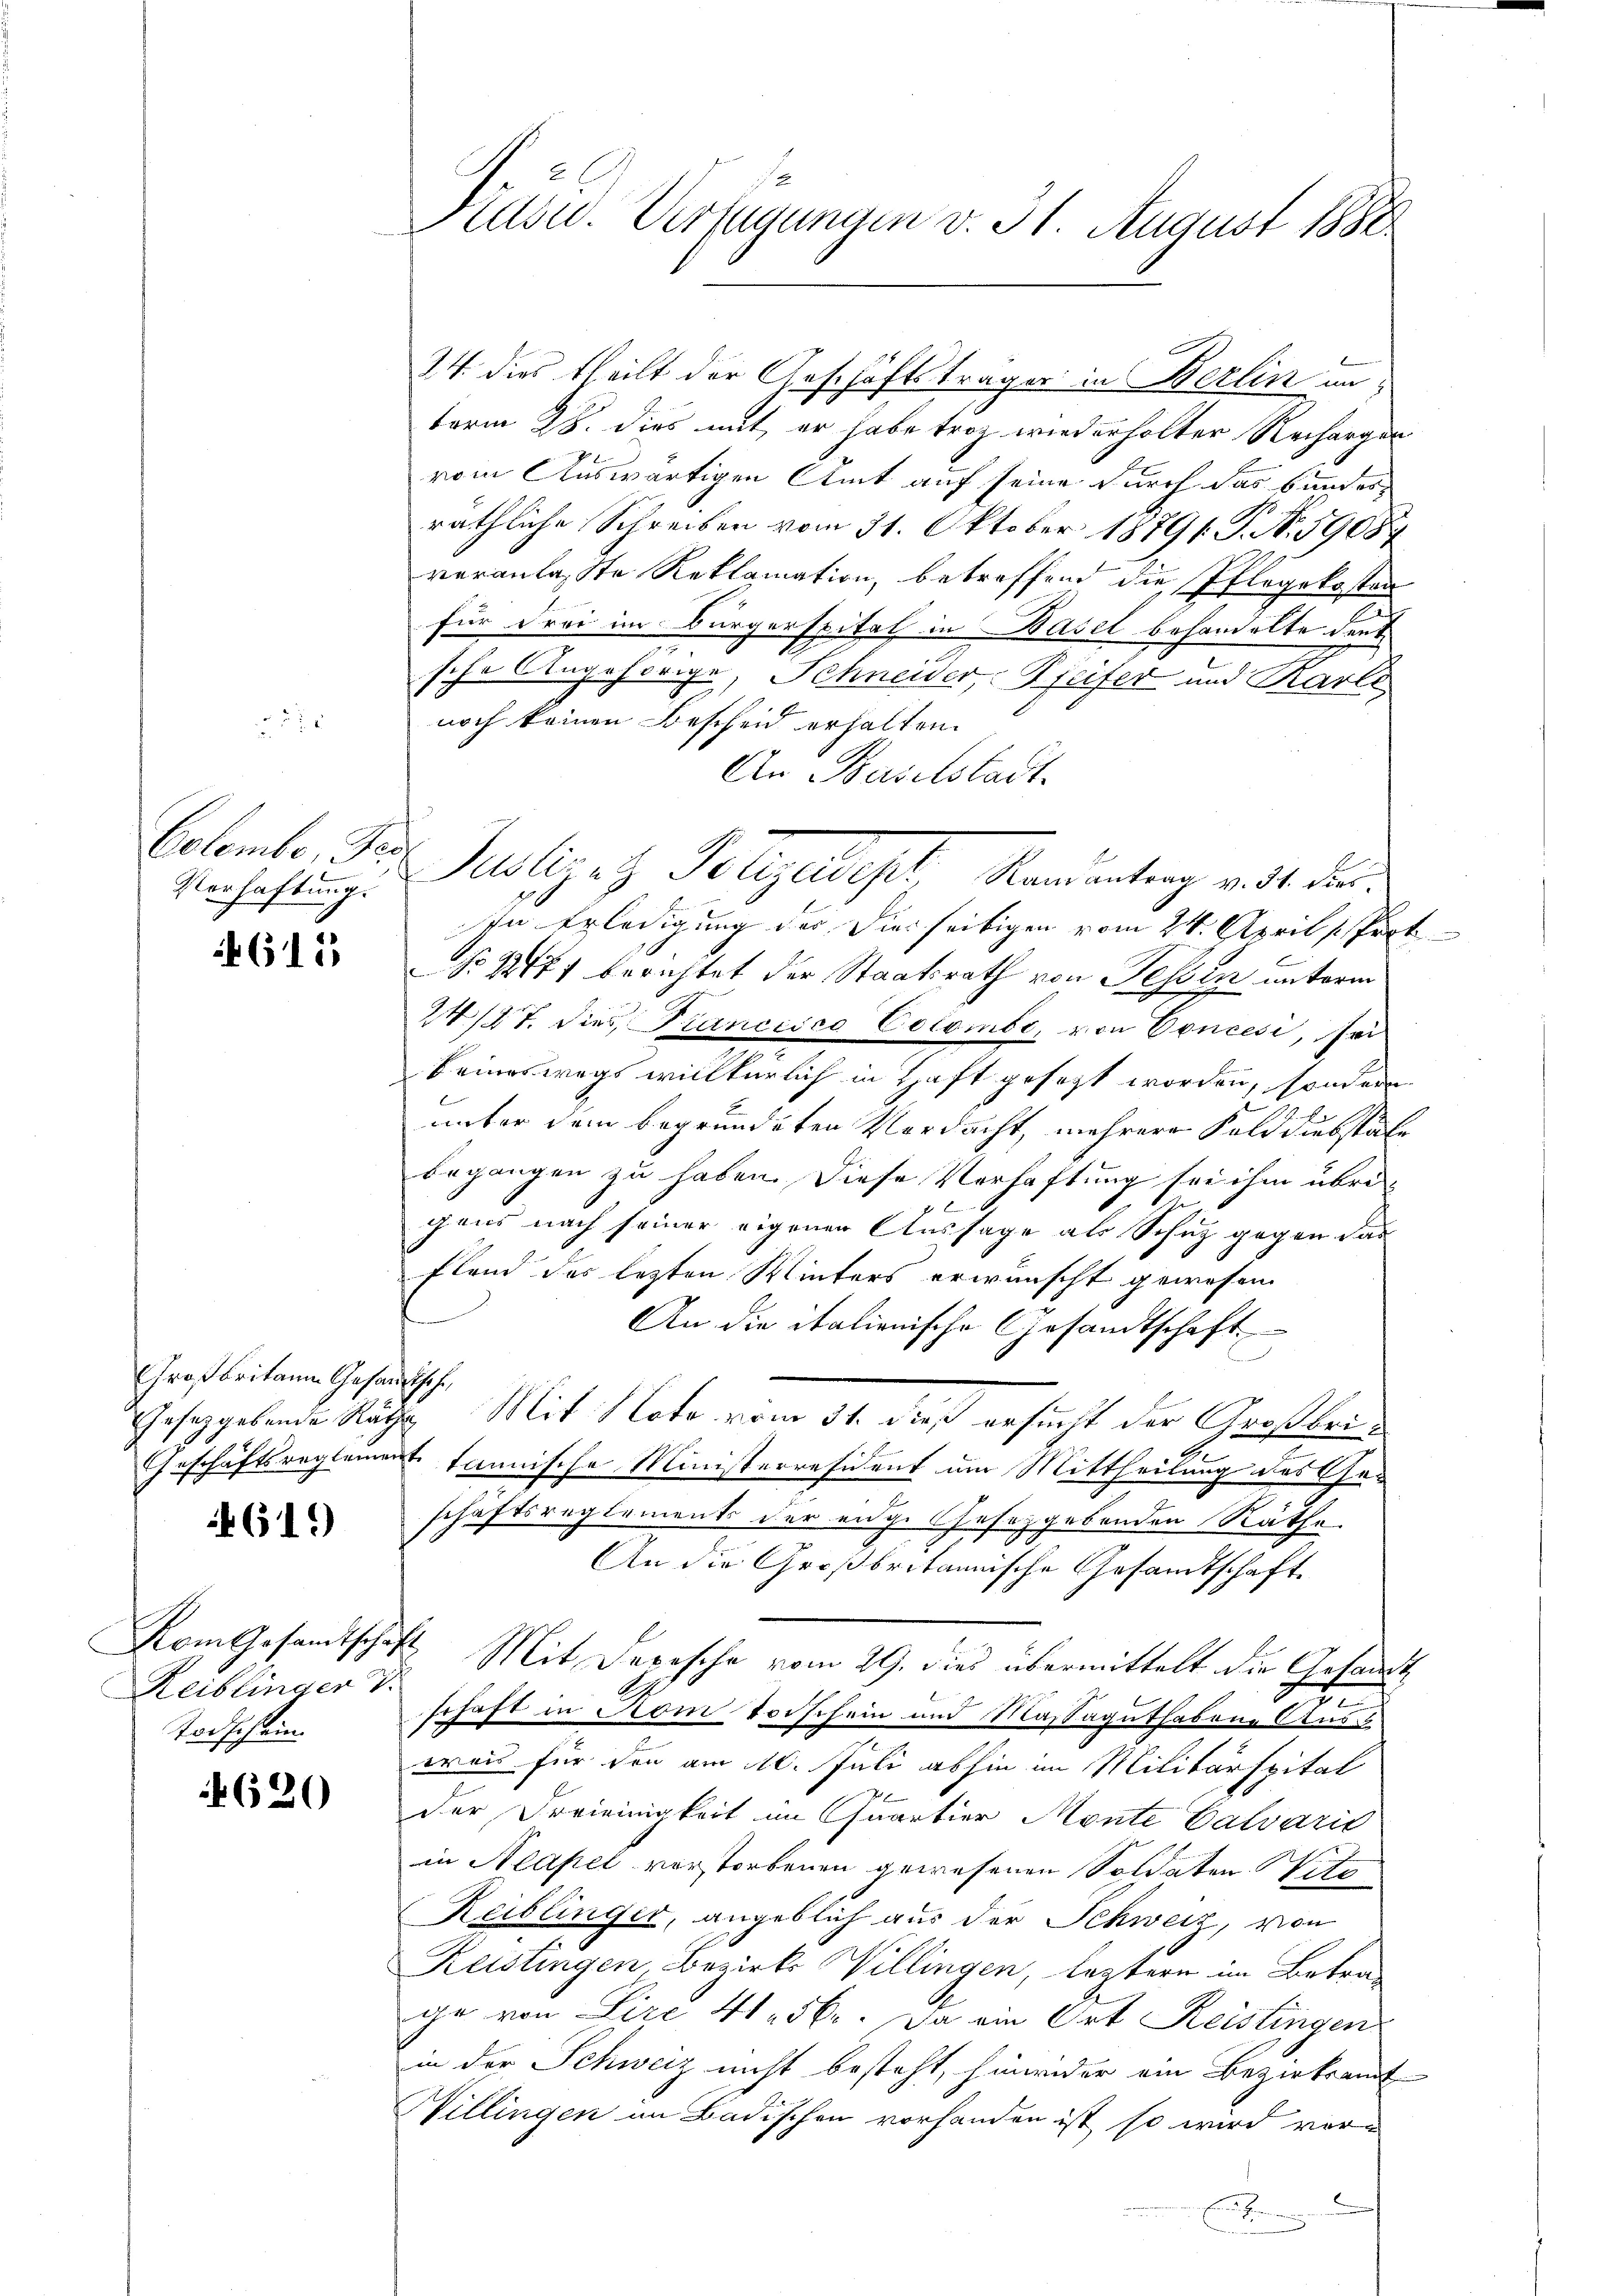
Verhaftung.

615

Großbritain Gesandtsche,

461)

Vom Gesandtschaft
Reiblinder V
Todschein.

620

Prasw. Verfügungen v. 31. August 1888

24. dies theilt der Geschäftsträger in Berlin unterm 28. dies mit er habe trotz wiederholter Rechargen
vom Auswärtigen Amt auf seine durch das bundesräthliche Schreiben vom 31. Oktober 18791. P. N. 59087
veranlasste Reklamation, betreffend die Pflegekosten
für drei im Bürgerspitel in Basel behandelte denk
n
sche Angehörige, Schneider, Pfeifer und Karle
noch keinen Bescheid erhalten.
An Baselstadt.
Celember, Pr. Justiget Telegardest, Randantrag v. ds Fur¬
In Erledigung der dies seitigen vom 24. April Part
No 177 berichtet der Staatsrath von Tessin unterm
24/27. dies Prancisco Colombe, von Concesi, sei
keineswegs willkürlich in Haft gesetzt worden, sondern
unter dem begründeten Verdacht, mehrere Folddiebstate
begangen zu haben. Diese Verhaftung sei ihm übrigens nach seiner eigenen Aussage als Schutz gegen das
Fland des lezten Winters erwünscht gewesen
An die italienische Gesandtschaft
Gesetzgebende Räthe Mit Noto vom 31. dieß ersucht der Großkern
.
Geschäftsreglement tannische Ministerresident um Mittheilung des Geschäftsreglements der eige Gesetzgebenden Räthe
An die Großbritannische Gesandtschaft
Mit Depesche vom 29. dies übermittelt die Gesandt
schaft in Rom Vorschein und Massaguthabene Aus
weis für den am 10. Juli abhin im Militärspital
der Feriennigkeit im Quartier Monte Calvárić
in Neapel verstorbenen gewesenen Soldaten Sitz
Reiblinger, angeblich aus der Schweiz, von
Reistingen, Bezirks Willingen, leztern im Betrage von Lirc 41. 56. Da ein Ort Reistingen
in der Schweiz nicht besteht, hinwider ein Bezirksamt
Willingen im Badischen vorhanden ist, so wird vor¬
.